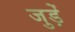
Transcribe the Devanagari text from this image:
जुड़ेँ